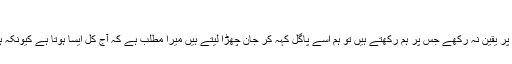
- آئزک ایسی موف
اگر کوئی آدمی اس چیز پر یقین نہ رکھے جس پر ہم رکھتے ہیں تو ہم اسے پاگل کہہ کر جان چھڑا لیتے ہیں میرا مطلب ہے کہ آج کل ایسا ہوتا ہے کیونکہ ہم اسے جلا نہیں سکتے۔